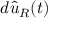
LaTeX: d { \hat { u } } _ { R } ( t )